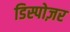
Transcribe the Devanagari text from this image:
डिस्पोज़र